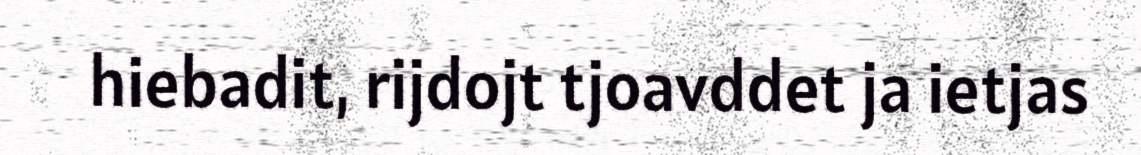
hiebadit, rijdojt tjoavddet ja ietjas